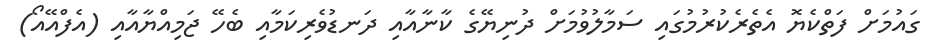
ގައުމަށް ފަތްކެޔޮ އެތެރެކުރުމުގައި ސަމާލުވުމަށް ދުނިޔޭގެ ކާނާއާއި ދަނޑުވެރިކަމާއި ބެހޭ ޖަމިއްޔާއާއި (އެފްއޭއޯ)